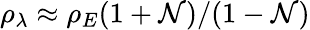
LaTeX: \rho_{\lambda}\approx\rho_{E}(1+\mathcal{N})/(1-\mathcal{N})